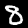
Digit: 8